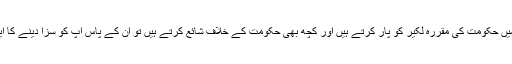
اے بی پی حکام کا کہنا تھا کہ 'اگر آپ اپنے ایڈیٹوریل میں حکومت کی مقررہ لکیر کو پار کرتے ہیں اور کچھ بھی حکومت کے خلاف شائع کرتے ہیں تو ان کے پاس آپ کو سزا دینے کا ایک ہی طریقہ ہوتا ہے کہ وہ اشتہارات روک دیتے ہیں'۔